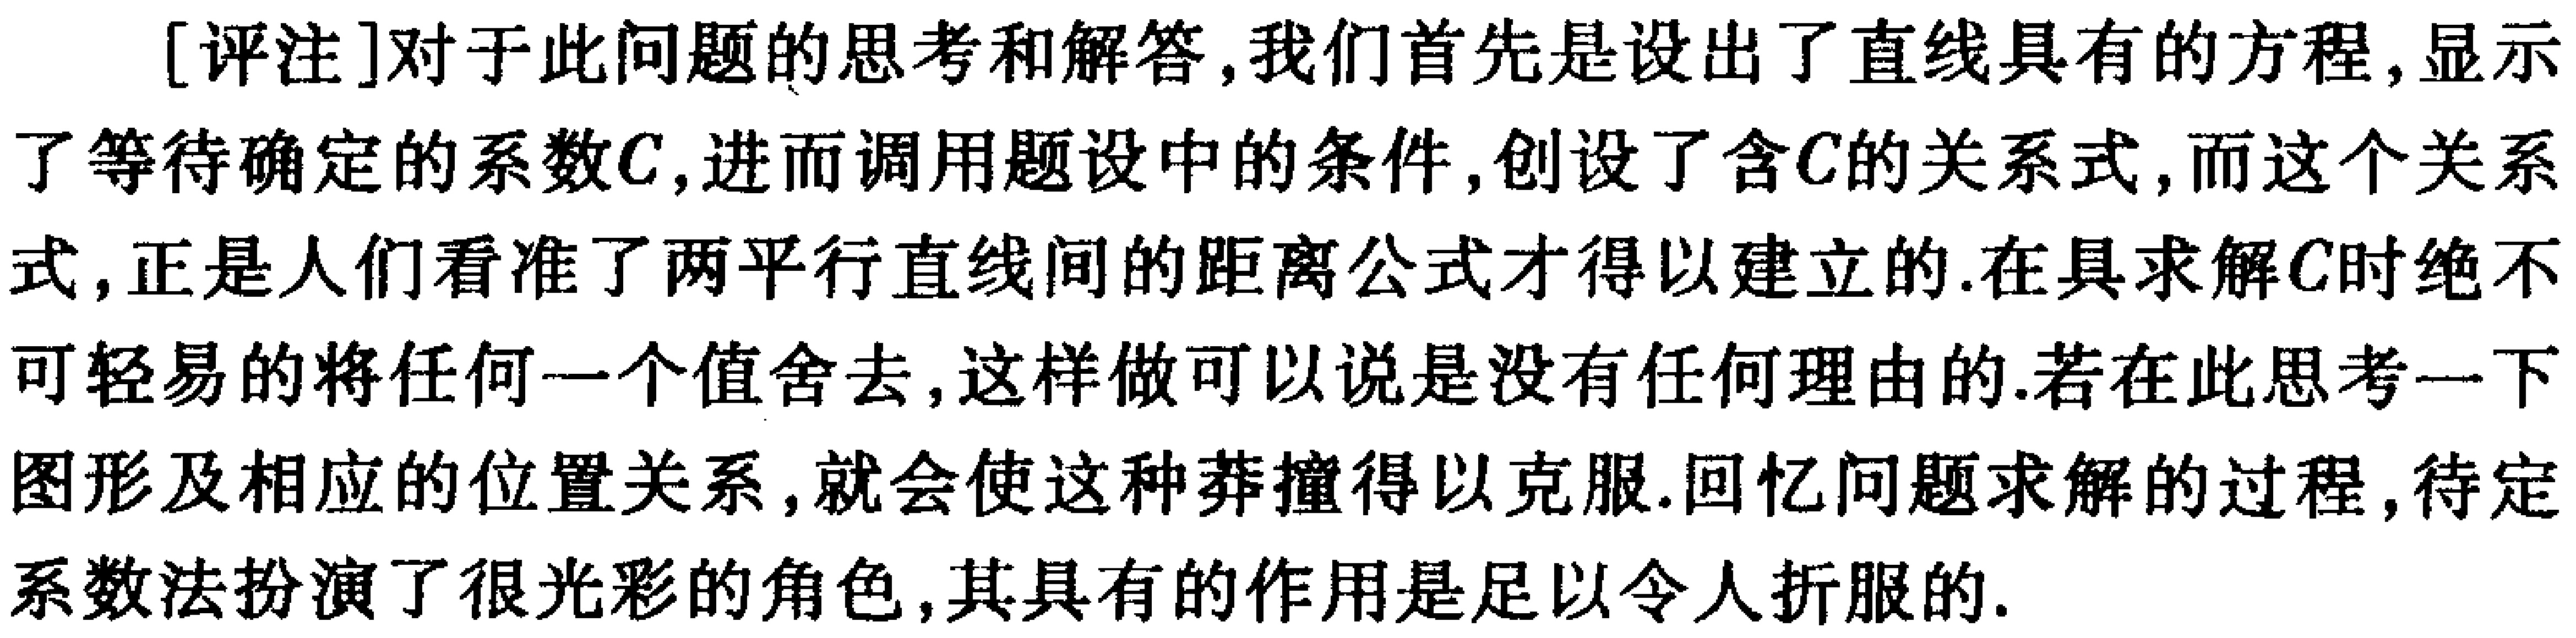
[评注]对于此问题的思考和解答,我们首先是设出了直线具有的方程,显示了等待确定的系数\(C\),进而调用题设中的条件,创设了含\(C\)的关系式,而这个关系式,正是人们看准了两平行直线间的距离公式才得以建立的.在具求解\(C\)时绝不可轻易的将任何一个值舍去,这样做可以说是没有任何理由的.若在此思考一下图形及相应的位置关系,就会使这种莽撞得以克服.回忆问题求解的过程,待定系数法扮演了很光彩的角色,其具有的作用是足以令人折服的.